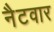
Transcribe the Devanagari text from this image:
नैटवार